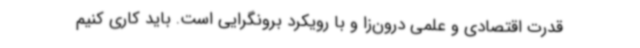
قدرت اقتصادی و علمی درون‌زا و با رویکرد برونگرایی است. باید کاری کنیم